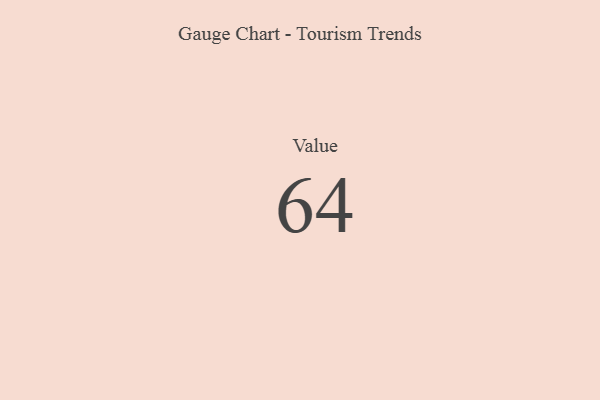
{"axis": {"x": "Metric", "y": "Value"}, "legend": [""], "data": [{"x": "Value", "y": 64, "type": ""}]}